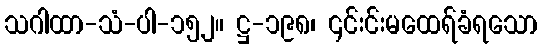
သဂါထာ-သံ-ပါ-၁၅၂။ ဋ္ဌ-၁၉၈၊ ၎င်းင်းမထေရ်ခံရသော